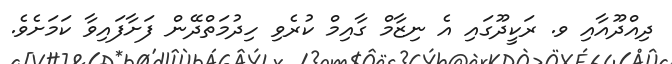
ދިއްދޫއާއި ވ. ރަކީދޫގައި އެ ނިޒާމް ގާއިމް ކުރެވި ހިދުމަތްދޭން ފަށާފައިވާ ކަމަށެވެ.